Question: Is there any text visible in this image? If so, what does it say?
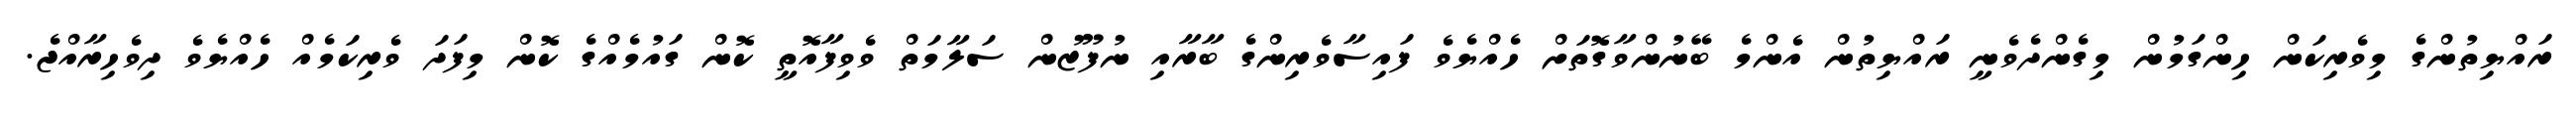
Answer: ރައްޔިތުންގެ މިވެރިކަން ހިންގަމުން މިގެންދެވެނީ ރައްޔިތުން އެންމެ ބޭނުންވާގޮތަށް ހެއްޔެވެ ފައިސާވެރިންގެ ބާރާއި ނުފޫޒުން ސަލާމަތް ވެވިފާއޮތީ ކޮން ގައުމެއްގެ ކޮން މިފަދަ ވެރިކަމެއް ހެއްޔެވެ ދިވެހިރާއްޖެ.